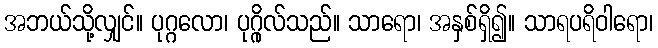
အဘယ်သို့လျှင်။ ပုဂ္ဂလော၊ ပုဂ္ဂိုလ်သည်။ သာရော၊ အနှစ်ရှိ၍။ သာရပရိဝါရော၊